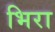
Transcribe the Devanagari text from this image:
भिरा